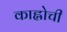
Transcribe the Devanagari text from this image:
काह्लोची